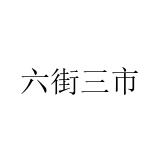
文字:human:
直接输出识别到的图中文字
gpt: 六街三市